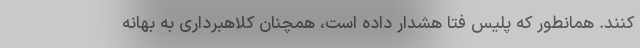
‌کنند. همانطور که پلیس فتا هشدار داده است، همچنان کلاهبرداری به بهانه